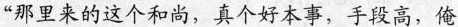
“那里来的这个和尚，真个好本事，手段高，俺